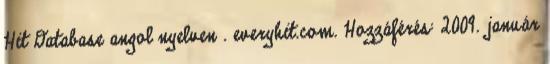
Hit Database angol nyelven . everyhit.com. Hozzáférés: 2009. január